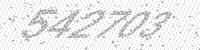
Solution: 542703